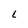
Character: L